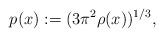
LaTeX: \begin{align*} p(x):= (3\pi^2\rho(x))^{1/3},\end{align*}